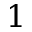
1